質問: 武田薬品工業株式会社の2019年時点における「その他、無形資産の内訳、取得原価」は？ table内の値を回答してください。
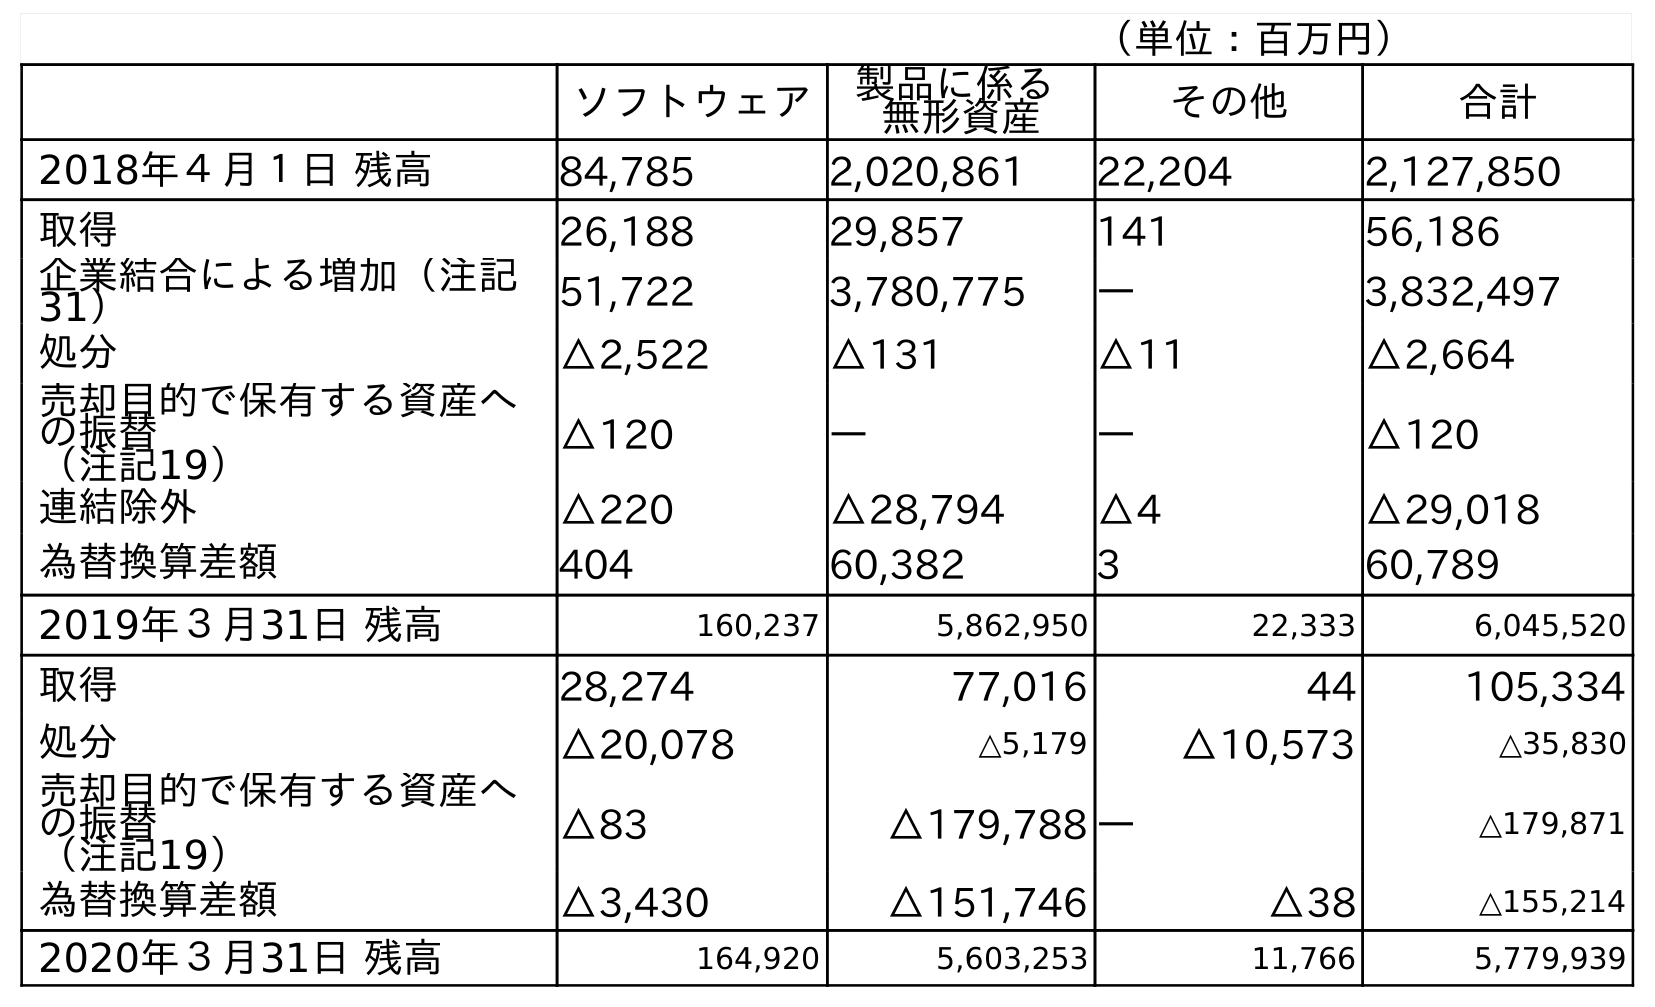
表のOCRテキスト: （単位：百万円） ソフトウェア 製品に係る 無形資産 その他 合計 2018年４月１日 残高 84,785 2,020,861 22,204 2,127,850 取得 26,188 29,857 141 56,186 企業結合による増加（注記 31） 51,722 3,780,775 ― 3,832,497 処分 △2,522 △131 △11 △2,664 売却目的で保有する資産へ の振替 （注記19） △120 ― ― △120 連結除外 △220 △28,794 △4 △29,018 為替換算差額 404 60,382 3 60,789 2019年３月31日 残高 160,237 5,862,950 22,333 6,045,520 取得 28,274 77,016 44 105,334 処分 △20,078 △5,179 △10,573 △35,830 売却目的で保有する資産へ の振替 （注記19） △83 △179,788 ― △179,871 為替換算差額 △3,430 △151,746 △38 △155,214 2020年３月31日 残高 164,920 5,603,253 11,766 5,779,939
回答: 22,333